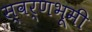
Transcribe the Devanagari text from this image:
स्वर्णभूमी